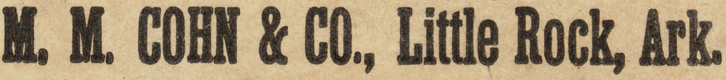
M. M. COHN & CO., Little Rock, Ark.